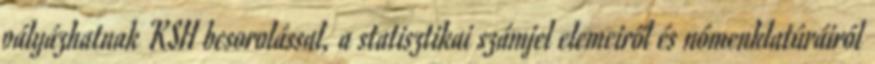
pályázhatnak KSH besorolással, a statisztikai számjel elemeiről és nómenklatúráiról